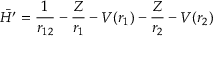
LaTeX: { \bar { H ^ { \prime } } } = { \frac { 1 } { r _ { 1 2 } } } - { \frac { Z } { r _ { 1 } } } - V ( r _ { 1 } ) - { \frac { Z } { r _ { 2 } } } - V ( r _ { 2 } )